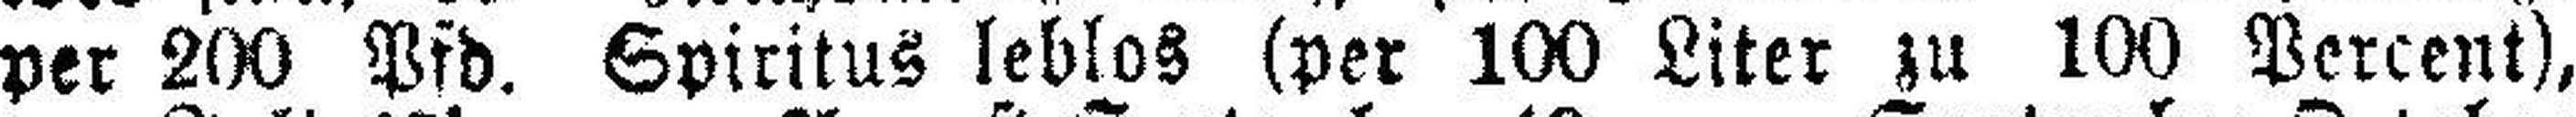
per 200 Pfd. Spiritus leblos (per 100 Liter zu 100 Percent),